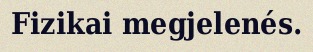
Fizikai megjelenés.